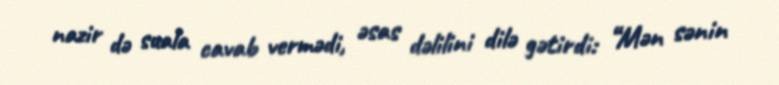
nazir də suala cavab vermədi, əsas dəlilini dilə gətirdi: “Mən sənin